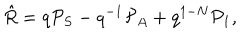
\hat { R } = q { \cal P } _ { S } - q ^ { - 1 } { \cal P } _ { A } + q ^ { 1 - N } { \cal P } _ { 1 } ,